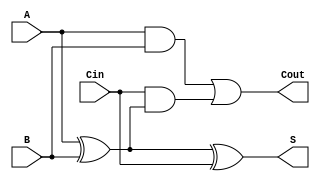
module LowPowerFullAdder (
    input wire A,      // First input bit
    input wire B,      // Second input bit
    input wire Cin,    // Carry input
    output wire S,     // Sum output
    output wire Cout   // Carry output
);

// Internal signals for intermediate calculations
wire A_XOR_B;        // Intermediate signal for A  B

// XOR gate implementation for sum
assign A_XOR_B = A ^ B;   // A XOR B
assign S = A_XOR_B ^ Cin; // S = (A  B)  Cin

// Carry-out calculation
assign Cout = (A & B) | (Cin & A_XOR_B); // Cout = (A AND B) OR (Cin AND (A  B))

endmodule